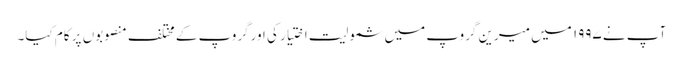
آپ نے ۱۹۹۷ میں میرین گروپ میں شمولیت اختیار کی اورگروپ کے مختلف منصوبوں پر کام کیا۔